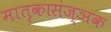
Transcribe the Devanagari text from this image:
मातृकासंज्ञक